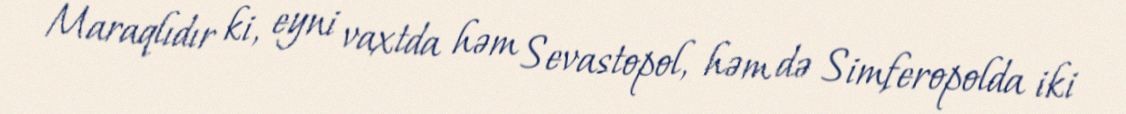
Maraqlıdır ki, eyni vaxtda həm Sevastopol, həm də Simferopolda iki